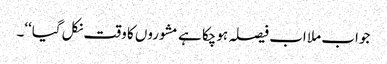
جواب ملا اب فیصلہ ہوچکا ہے مشوروں کا وقت نکل گیا‘‘۔